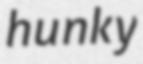
hunky